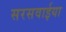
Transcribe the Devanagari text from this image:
सरसवाईया